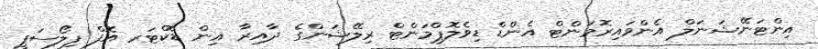
އިންޓަނޭޝަނަލް އެންވައިރޮމަންޓް އެންޑް ޑިވެލޮޕްމަންޓް ރިލޭޝަންގެ ދާއިރާ އިން ޑޮކްޓަރ އޮފް ފިލޯސަފީ